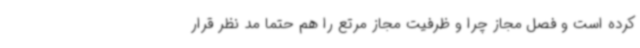
کرده‌ است و فصل مجاز چرا و ظرفیت مجاز مرتع را هم حتما مد نظر قرار